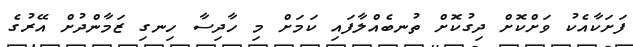
ފަށަކާއެކު ވަށްކޮށް ދިގުކޮށް ތުނބެއްލާފައި ކަމަށް މި ހާދިސާ ހިނގި ޒަމާންދުށް އޭރުގެ